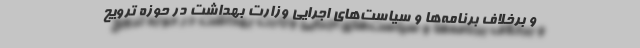
و برخلاف برنامه‌ها و سیاست‌های اجرایی وزارت بهداشت در حوزه ترویج